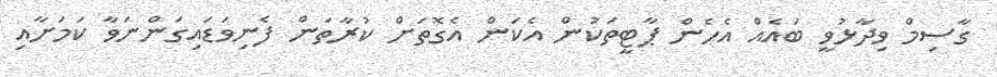
ގާސިމް ވިދާޅުވީ ބައެއް އެހެން ޕާޓީތަކުން އެކަން އެގޮތަށް ކުރާތަން ފެނިވަޑައިގަންނަވާ ކަމަށާއި